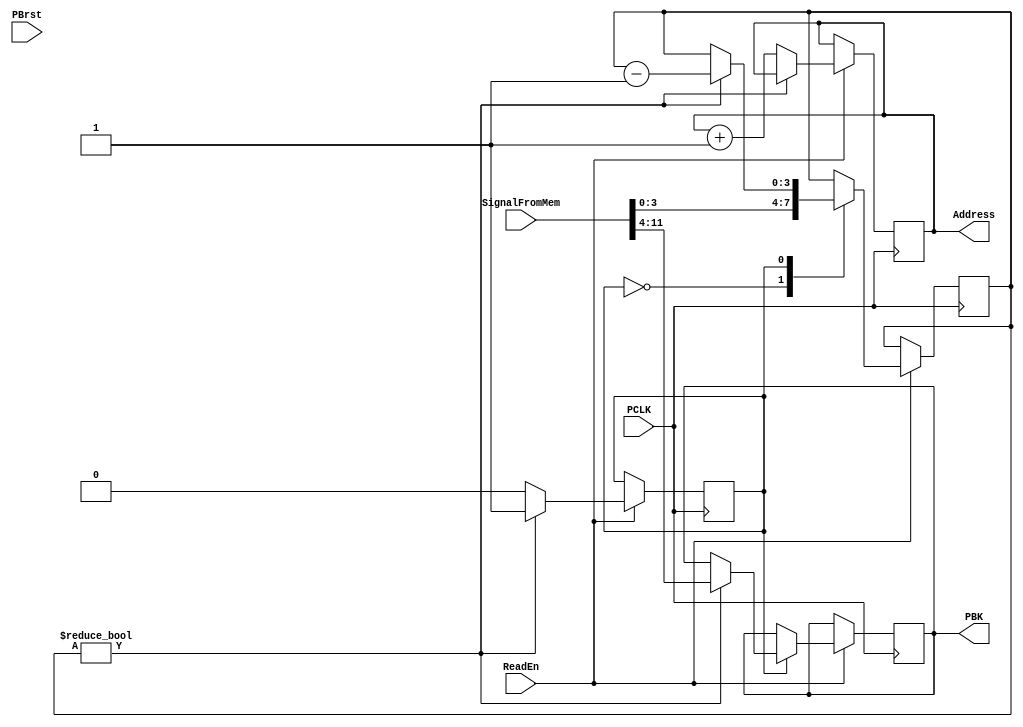
`timescale 1ns / 1ps
//////////////////////////////////////////////////////////////////////////////////
// Company: 
// Engineer: 
// 
// Design Name: 
// Module Name:    PlaybackUnit 
// Project Name: 
// Target Devices: 
// Tool versions: 
// Description: 
//
// Dependencies: 
//
// Revision: 
// Revision 0.01 - File Created
// Additional Comments: 
//
//////////////////////////////////////////////////////////////////////////////////
module PlaybackUnit(PCLK, PBrst, PBK, Address, SignalFromMem, ReadEn);

input PCLK;
input PBrst;
input ReadEn;
input [11:0] SignalFromMem;
output reg [7:0] PBK;
output reg [10:0] Address; 
reg [3:0] PlayCount;
reg state;
parameter A=1'b0, B=1'b1;


initial begin
PlayCount = 0;
PBK = 0;
Address =0;
state = A;
end

always @(posedge PCLK) begin
if(ReadEn) begin
case(state)
A: begin
PlayCount <= SignalFromMem[3:0];
  if(PlayCount != 0) begin
		state <= B;
	end
	else begin
	  state <= A;
	  Address <= Address + 1;
	 end
	 end
B:
   if(PlayCount != 0) begin
       PBK <= SignalFromMem[11:4];
	    PlayCount <= PlayCount - 1;
		 state <= B;
   end
   else begin
    Address <= Address + 1;
	 state <= A;
   end

endcase
end
end
endmodule